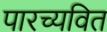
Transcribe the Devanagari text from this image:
पारच्यवित